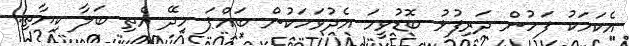
އެކަމަކު ފަހުން ދަރިފުޅު ބޮޑުވީމަ އެދުވަހަކުން ބައްޕަ މިދޭ އެތި ބަލާ ކިޔާތި.